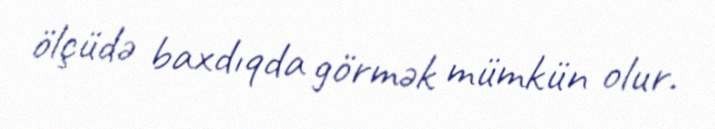
ölçüdə baxdıqda görmək mümkün olur.